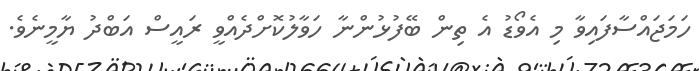
ހަމަޖައްސާފައިވާ މި އެވޯޑު އެ ތިން ބޭފުޅުންނާ ހަވާލުކޮށްދެއްވީ ރައީސް އަބްދު ޔާމީނެވެ.